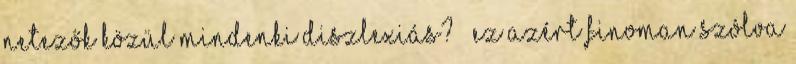
netezők közül mindenki diszlexiás? ” Ez azért finoman szólva